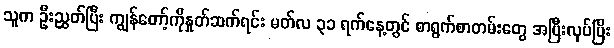
သူက ဦးညွှတ်ပြီး ကျွန်တော့်ကိုနှုတ်ဆက်ရင်း မတ်လ ၃၁ ရက်နေ့တွင် စာရွက်စာတမ်းတွေ အပြီးလုပ်ပြီး